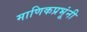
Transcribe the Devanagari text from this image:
माणिकप्रभूंनी